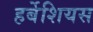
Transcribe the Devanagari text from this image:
हर्बेशियस